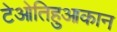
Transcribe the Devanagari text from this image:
टेओतिहुआकान